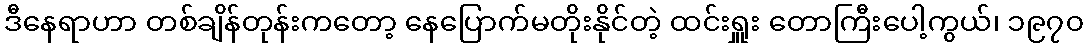
ဒီနေရာဟာ တစ်ချိန်တုန်းကတော့ နေပြောက်မတိုးနိုင်တဲ့ ထင်းရှူး တောကြီးပေါ့ကွယ်၊ ၁၉၇၀